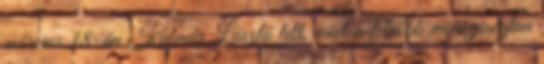
március 18-án Kalmár László lett, mint a felsőbb mennyiségtan